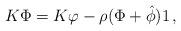
\begin{align*}K\Phi=K\varphi-\rho (\Phi +{\hat \phi})1\,,\end{align*}